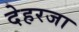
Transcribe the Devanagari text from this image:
देहरजा